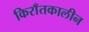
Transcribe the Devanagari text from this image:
किराँतकालीन